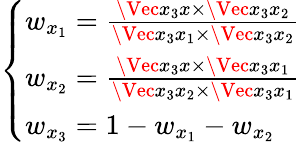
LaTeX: \left\{ \begin{array}{ll}{w_{x_{1}}=\frac{\Vec{x_{3}x}\times\Vec{x_{3}x_{2}}}{\Vec{x_{3}x_{1}}\times\Vec{x_{3}x_{2}}}}\\ {w_{x_{2}}=\frac{\Vec{x_{3}x}\times\Vec{x_{3}x_{1}}}{\Vec{x_{3}x_{2}}\times\Vec{x_{3}x_{1}}}}\\ {w_{x_{3}}=1-w_{x_{1}}-w_{x_{2}}}\end{array}\right.